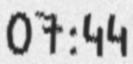
07:44